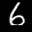
Label: 6